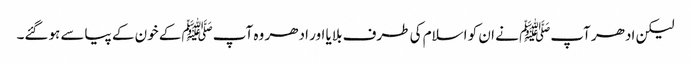
لیکن ادھر آپﷺ نے ان کو اسلام کی طرف بلایا اور ادھر وہ آپﷺ کے خون کے پیاسے ہوگئے۔